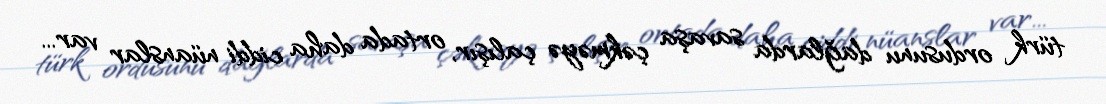
türk ordusunu dağlarda savaşa çəkməyə çalışır, ortada daha ciddi nüanslar var...